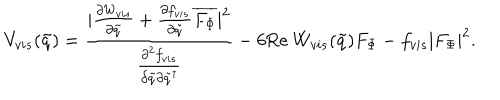
V _ { v i s } ( \tilde { q } ) = \frac { | \frac { \partial W _ { v i s } } { \partial \tilde { q } } + \frac { \partial f _ { v i s } } { \partial \tilde { q } } \overline { { { F _ { \Phi } } } } | ^ { 2 } } { \frac { \partial ^ { 2 } f _ { v i s } } { \partial \tilde { q } \partial \tilde { q } ^ { \dagger } } } - 6 \mathrm { R e } ~ W _ { v i s } ( \tilde { q } ) F _ { \Phi } - f _ { v i s } | F _ { \Phi } | ^ { 2 } .